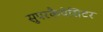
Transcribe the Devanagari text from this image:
सुपरकैपेसिटर